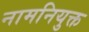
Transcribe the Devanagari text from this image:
नामनियुक्त